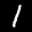
Label: 1